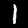
Label: 1